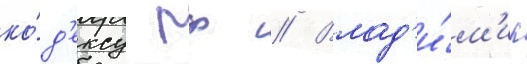
ко́д'ексу рф // Влад'и́м'ир